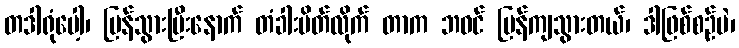
တဒါရုံပေါ့၊ ပြန်သွားပြီးနောက် တံခါးပိတ်လိုက် တာက ဘဝင် ပြန်ကျသွားတယ်၊ ဒါဖြစ်စဉ်ပဲ၊